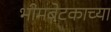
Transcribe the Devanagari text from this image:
भीमबेटकाच्या